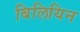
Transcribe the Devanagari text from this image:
बिलियिन